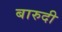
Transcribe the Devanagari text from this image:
बारुदी